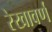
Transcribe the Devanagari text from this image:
रेखावर्ण